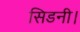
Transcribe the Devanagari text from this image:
सिडनी।